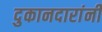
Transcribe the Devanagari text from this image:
दुकानदारांनी